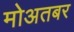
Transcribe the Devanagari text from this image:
मोअतबर